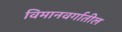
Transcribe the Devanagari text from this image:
विमानवर्गातील